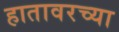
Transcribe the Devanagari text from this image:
हातावरच्या